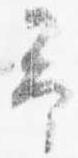
予